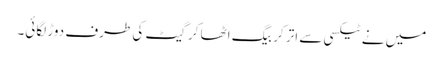
میں نے ٹیکسی سے اتر کر بیگ اٹھا کر گیٹ کی طرف دوڑ لگائی۔